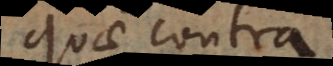
quae contr